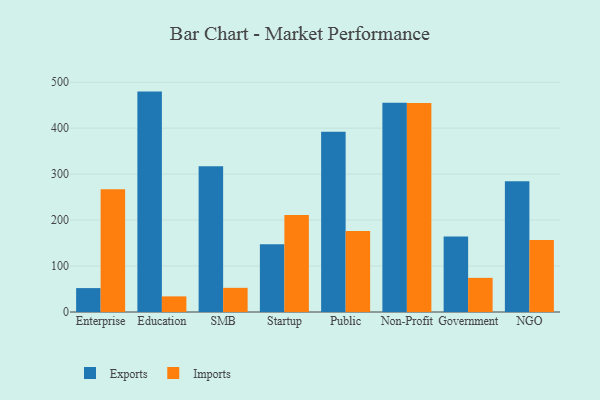
{"axis": {"x": "Segment", "y": "Website Visitors"}, "legend": ["Exports", "Imports"], "data": [{"x": "Enterprise", "y": 52.0, "type": "Exports"}, {"x": "Enterprise", "y": 266.9, "type": "Imports"}, {"x": "Education", "y": 479.6, "type": "Exports"}, {"x": "Education", "y": 34.0, "type": "Imports"}, {"x": "SMB", "y": 317.2, "type": "Exports"}, {"x": "SMB", "y": 52.6, "type": "Imports"}, {"x": "Startup", "y": 147.4, "type": "Exports"}, {"x": "Startup", "y": 211.3, "type": "Imports"}, {"x": "Public", "y": 392.1, "type": "Exports"}, {"x": "Public", "y": 176.5, "type": "Imports"}, {"x": "Non-Profit", "y": 455.5, "type": "Exports"}, {"x": "Non-Profit", "y": 454.8, "type": "Imports"}, {"x": "Government", "y": 164.4, "type": "Exports"}, {"x": "Government", "y": 74.3, "type": "Imports"}, {"x": "NGO", "y": 284.5, "type": "Exports"}, {"x": "NGO", "y": 156.5, "type": "Imports"}]}